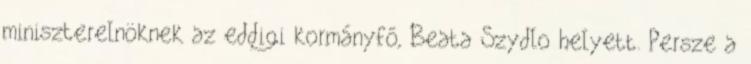
miniszterelnöknek az eddigi kormányfő, Beata Szydlo helyett. Persze a